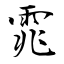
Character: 雿